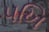
પખિ